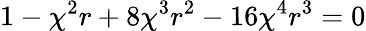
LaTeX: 1-\chi^{2}r+8\chi^{3}r^{2}-16\chi^{4}r^{3}=0